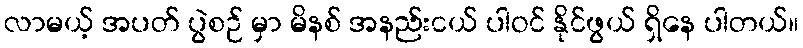
လာမယ့် အပတ် ပွဲစဉ် မှာ မိနစ် အနည်းငယ် ပါဝင် နိုင်ဖွယ် ရှိနေ ပါတယ်။